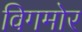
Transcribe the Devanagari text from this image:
विगमोर